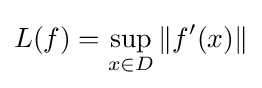
L(f)=\sup _{x\in D}\|f'(x)\|